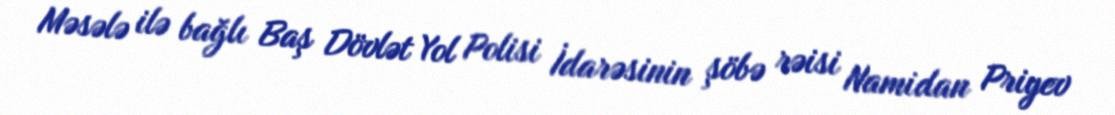
Məsələ ilə bağlı Baş Dövlət Yol Polisi İdarəsinin şöbə rəisi Namidan Priyev